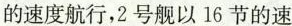
的速度航行，2号舰以16节的速